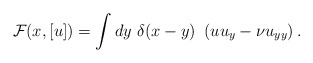
\begin{align*}{\cal F}(x,[u])=\int dy~\delta(x-y)~\left(u u_y - \nu u_{yy}\right).\end{align*}